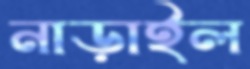
নাড়াইল